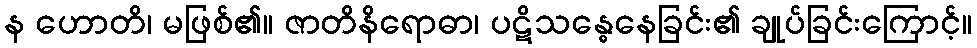
န ဟောတိ၊ မဖြစ်၏။ ဇာတိနိရောဓာ၊ ပဋိသန္ဓေနေခြင်း၏ ချုပ်ခြင်းကြောင့်။